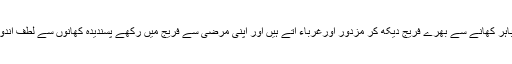
گھروں سے باہر کھانے سے بھرے فریج دیکھ کر مزدور اورغرباء آتے ہیں اور اپنی مرضی سے فریج میں رکھے پسندیدہ کھانوں سے لطف اندوز ہو تے ہیں۔